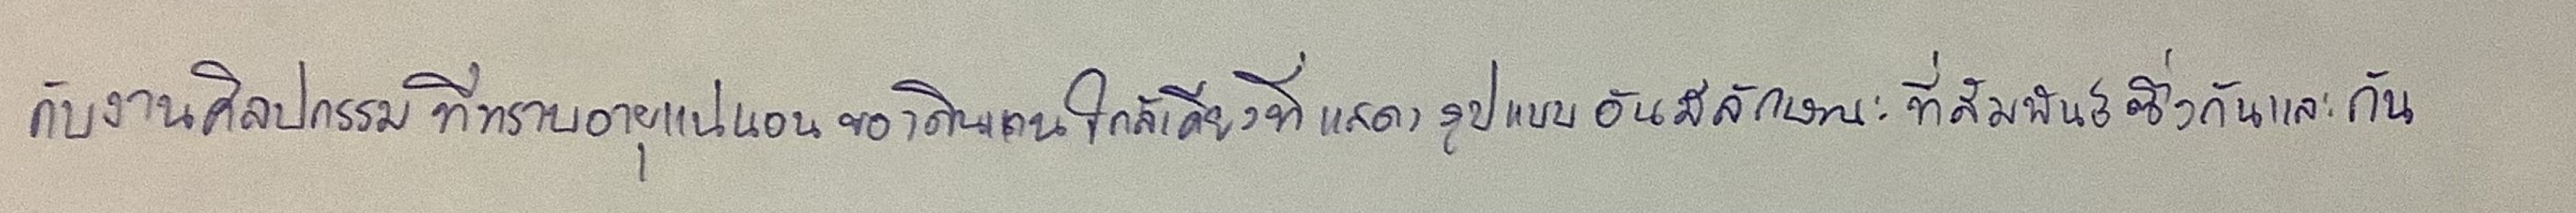
กับงานศิลปกรรมที่ทราบอายุแน่นอนของดินแดนใกล้เคียงที่แสดงรูปแบบอันมีลักษณะที่สัมพันธ์ซึ่งกันและกัน